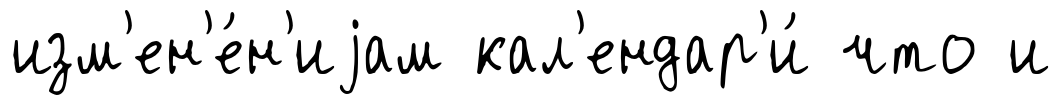
изм'ен'е́н'иjам кал'ендар'и́ что и